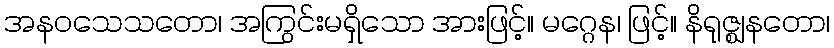
အနဝသေသတော၊ အကြွင်းမရှိသော အားဖြင့်။ မဂ္ဂေန၊ ဖြင့်။ နိရုဇ္ဈနတော၊